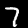
Label: 7